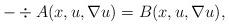
LaTeX: \begin{align*} -\div A(x,u,\nabla u) = B(x,u,\nabla u), \end{align*}